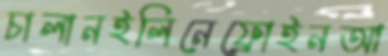
চালানইলিনেফ্রোইনআ